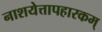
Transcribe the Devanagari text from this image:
नाशयेत्तापहारकम्